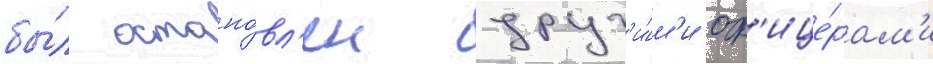
бы́л остано́вл'ен друг'и́м'и оф'ице́рам'и